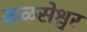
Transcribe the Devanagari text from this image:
कळसेश्वर